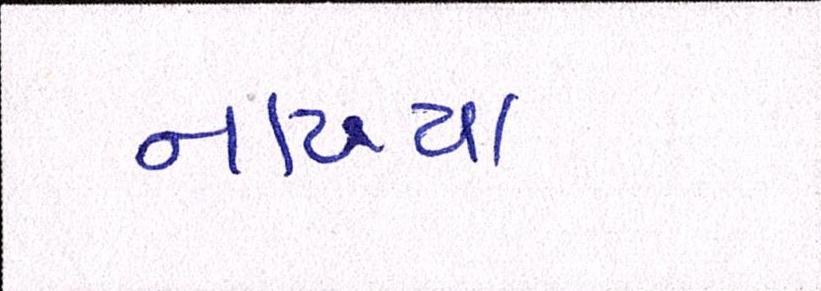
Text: નાખ્યા